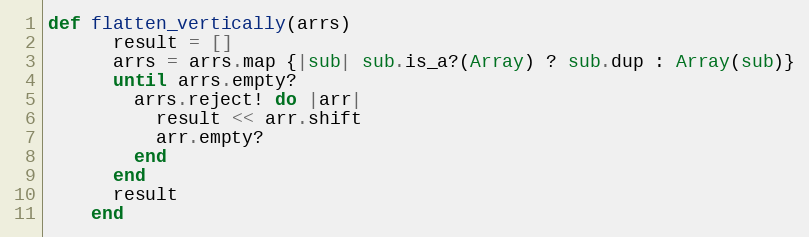
Language: Ruby
def flatten_vertically(arrs)
      result = []
      arrs = arrs.map {|sub| sub.is_a?(Array) ? sub.dup : Array(sub)}
      until arrs.empty?
        arrs.reject! do |arr|
          result << arr.shift
          arr.empty?
        end
      end
      result
    end